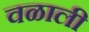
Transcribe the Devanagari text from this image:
वळाली